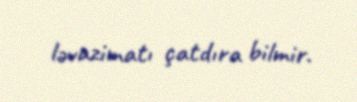
ləvazimatı çatdıra bilmir.